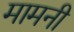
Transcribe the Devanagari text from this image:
मामनी